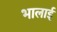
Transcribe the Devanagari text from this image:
भालाई